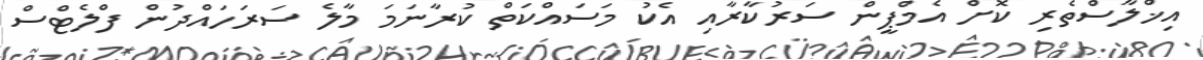
އިޚްލާސްތެރި ކޮށް އެމްޕީން ސަރުކާރާއި އެކު މަސައްކަތް ކުރާނަމަ މާލެ ސަރަހައްދުން ފްލެޓްސް